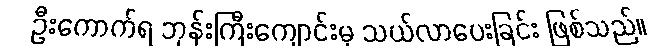
ဦးကောက်ရ ဘုန်းကြီးကျောင်းမှ သယ်လာပေးခြင်း ဖြစ်သည်။